Lunatic asylums Madras 1877-1891 - 1877-1891
Year: 1877
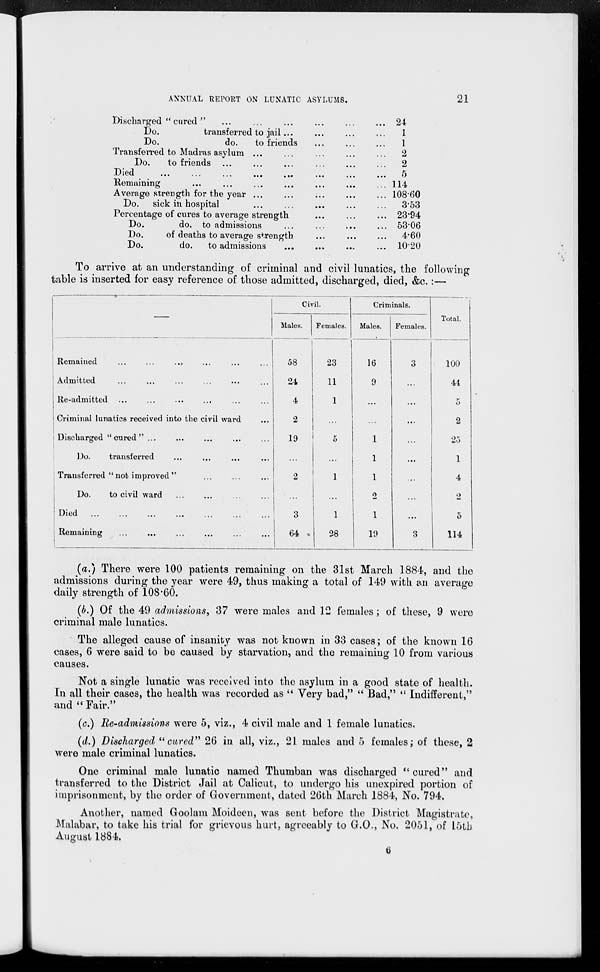
ANNUAL REPORT ON LUNATIC ASYLUMS.
21
Discharged " cured " ... ... ... ... ... ...
Do.
transferred to jail ... ... ... ...
Do.
do.
to friends ... ... ...
Transferred to Madras asylum ... ... ... ... ...
Do.
to friends ... ... ... ... ... ...
Died
...
...
...
...
...
...
...
...
Remaining
...
...
...
...
...
...
...
Average strength for the year ... ... ... ... ... ...
Do.
sick in hospital ... ... ... ... ...
Percentage of cures to average strength ... ... ...
Do.
do. to admissions ... ... ... ...
Do.
of deaths to average strength ... ... ...
Do.
do.
to admissions
...
... ... ...
24
1
1
2
2
5
114
108.60
3.53
23.94
53.06
4.60
10.20
To arrive at an understanding of criminal and civil lunatics, the following
table is inserted for easy reference of those admitted, discharged, died, &c. :—
—
Remained ... ... ... ... ... ... ...
Admitted ... ... ... ... ... ... ...
Re-admitted ... ... ... ... ... ... ...
Criminal lunatics received into the civil ward ...
Discharged " cured " ... ... ... ... ...
Do.
transferred ... ... ... ...
Transferred " not improved " ... ... ...
Do.
to civil ward ... ... ... ...
Died
...
...
...
...
...
...
...
Remaining ... ... ... ... ... ...
Civil.
Males.
58
24
4
2
19
...
2
...
3
64
Females.
23
11
1
...
5
...
1
...
1
28
Criminals.
Males.
16
9
...
...
1
1
1
2
1
19
Females.
3
...
...
...
...
...
...
...
...
3
Total.
100
44
5
2
25
1
4
2
5
114
(a.) There were 100 patients remaining on the 31st March 1884, and the
admissions during the year were 49, thus making a total of 149 with an average
daily strength of 108.60.
(b.) Of the 49 admissions, 37 were males and 12 females; of these, 9 were
criminal male lunatics.
The alleged cause of insanity was not known in 33 cases; of the known 16
cases, 6 were said to be caused by starvation, and the remaining 10 from various
causes.
Not a single lunatic was received into the asylum in a good state of health.
In all their cases, the health was recorded as " Very bad," " Bad," " Indifferent,"
and "Fair."
(c.) Re-admissions were 5, viz., 4 civil male and 1 female lunatics.
(d.) Discharged "cured" 26 in all, viz., 21 males and 5 females; of these, 2
were male criminal lunatics.
One criminal male lunatic named Thumban was discharged "cured" and
transferred to the District Jail at Calicut, to undergo his unexpired portion of
imprisonment, by the order of Government, dated 26th March 1884, No. 794.
Another, named Goolam Moideen, was sent before the District Magistrate,
Malabar, to take his trial for grievous hurt, agreeably to G.O., No. 2051, of 15th
August 1884.
6